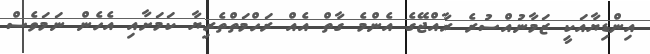
އިންޑިޔާއަކީ ޒަމާނުއްސުރެ ރާއްޖޭގެ އެންމެ ގާތް އެއް ރަހްމަތްތެރިޔާ ކަމަށާއި އެހެން ނަމަވެސް